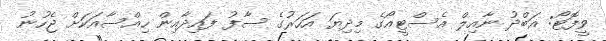
ވީފޮޓޯ: އަބްދު ނާއިލް އެސްޓީއޯގެ މިދިޔަ އަހަރުގެ ސާފު ފައިދާއިން ހިއްސާއަކަށް ޖެހުނު